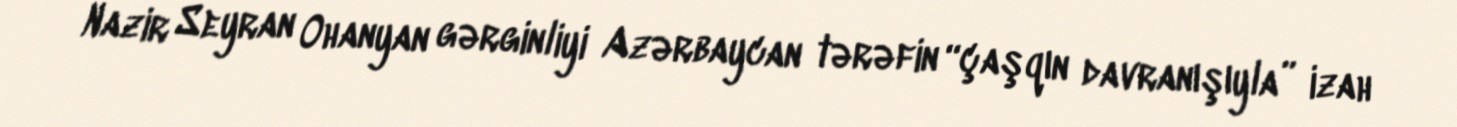
Nazir Seyran Ohanyan gərginliyi Azərbaycan tərəfin “çaşqın davranışıyla” izah